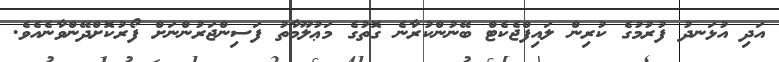
އަދި އުޅަނދު ފުރުމުގެ ކުރިން ލައިފްޖެކެޓް ބޭނުންކުރާނެ ގޮތުގެ މަޢުލޫމާތު ފަސިންޖަރުންނަށް ފޯރުކޮށްދޭންވާނެއެވެ.